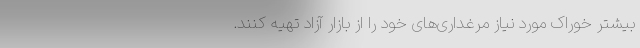
بیشتر خوراک مورد نیاز مرغداری‌های خود را از بازار آزاد تهیه کنند.